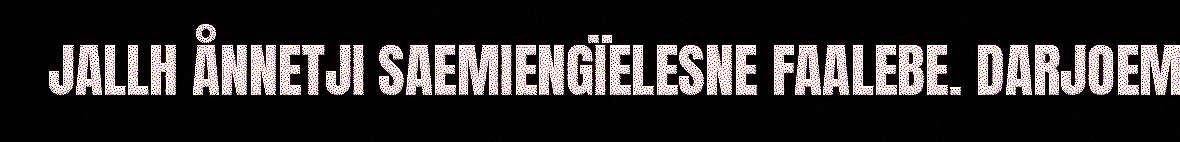
JALLH ÅNNETJI SAEMIENGÏELESNE FAALEBE. DARJOEM